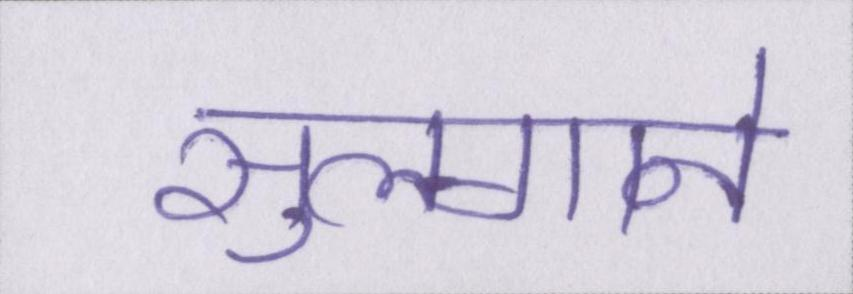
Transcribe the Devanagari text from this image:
सुलगाने